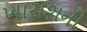
ખારાશની